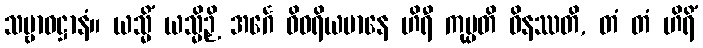
သမ္ဗာဓဋ္ဌာနံ။ ယသ္မိံ ယသ္မိဉှိ အင်္ဂေ ဝိဝရိယမာနေ ဟိရီ ကုပ္ပတိ ဝိနဿတိ, တံ တံ ဟိရိံ